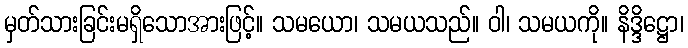
မှတ်သားခြင်းမရှိသောအားဖြင့်။ သမယော၊ သမယသည်။ ဝါ၊ သမယကို။ နိဒ္ဒိဋ္ဌော၊